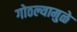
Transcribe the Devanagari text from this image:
गोठल्यामुळे